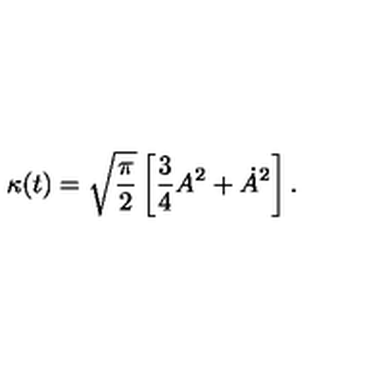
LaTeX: \kappa ( t ) = \sqrt { { \frac { \pi } { 2 } } } \left[ { \frac { 3 } { 4 } } A ^ { 2 } + \dot { A } ^ { 2 } \right] .